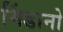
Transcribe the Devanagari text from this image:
मिंडानो